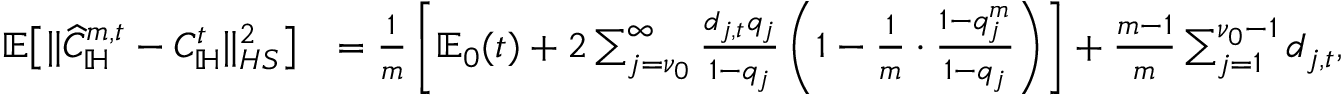
\begin{array} { r l } { \mathbb E \big [ \| \widehat C _ { \mathbb H } ^ { m , t } - C _ { \mathbb H } ^ { t } \| _ { H S } ^ { 2 } \big ] } & { = \frac 1 m \left[ \mathbb E _ { 0 } ( t ) + 2 \sum _ { j = \nu _ { 0 } } ^ { \infty } \frac { d _ { j , t } q _ { j } } { 1 - q _ { j } } \left( 1 - \frac { 1 } m \cdot \frac { 1 - q _ { j } ^ { m } } { 1 - q _ { j } } \right) \right] + \frac { m - 1 } m \sum _ { j = 1 } ^ { \nu _ { 0 } - 1 } d _ { j , t } , } \end{array}